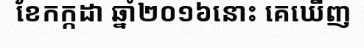
ខែកក្កដា ឆ្នាំ២០១៦នោះ គេឃើញ